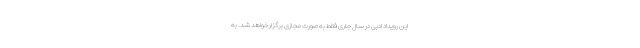
این رویداد ادبی در سال جاری فقط به صورت مجازی برگزار خواهد شد. به